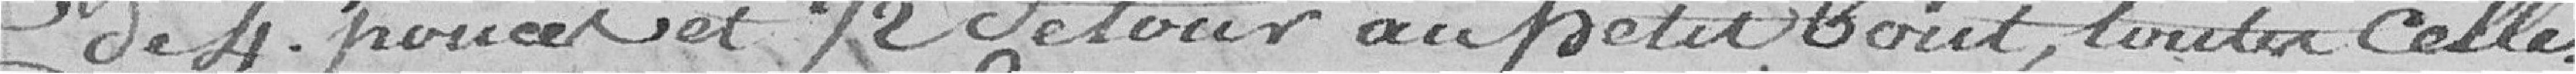
de 4 pouces 1/2 de tout au petit bout, toute celles